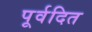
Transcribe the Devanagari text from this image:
पूर्वदित